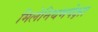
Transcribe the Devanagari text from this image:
मिलेनियमपेक्षा